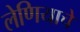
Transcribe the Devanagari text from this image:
लेणियाचें